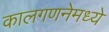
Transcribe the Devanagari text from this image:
कालगणनेमध्ये